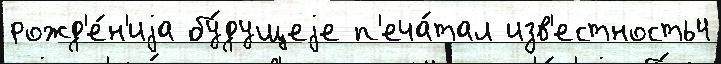
рожд'е́н'иjа бу́дущеjе п'еча́тал изв'естность4